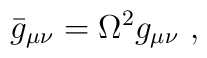
\bar{g}_{\mu\nu} =\Omega^2  g_{\mu\nu}~,